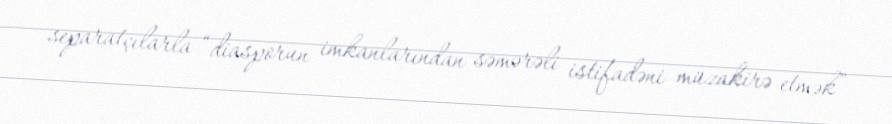
separatçılarla “diasporun imkanlarından səmərəli istifadəni müzakirə etmək”